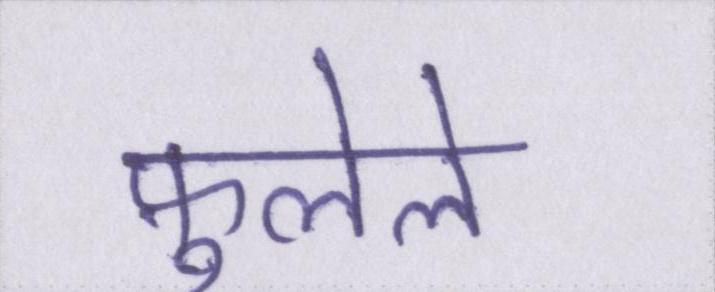
फ़ुलेले